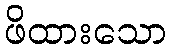
ဖိထားသော